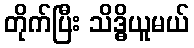
တိုက်ပြီး သိဒ္ဓိယူမယ်